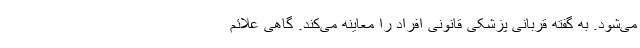
می‌شود. به گفته قربانی پزشکی قانونی افراد را معاینه می‌کند. گاهی علائم